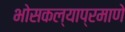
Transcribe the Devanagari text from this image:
भोसकल्याप्रमाणे